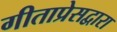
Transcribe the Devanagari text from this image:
गीताप्रेसद्वारा